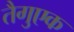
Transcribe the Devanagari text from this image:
तैगुएक